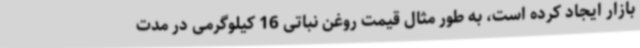
بازار ایجاد کرده است، به طور مثال قیمت روغن نباتی 16 کیلوگرمی در مدت